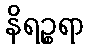
နိရဉ္စရာ